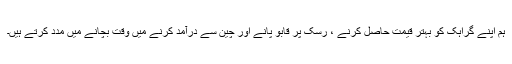
ہم اپنے گراہک کو بہتر قیمت حاصل کرنے ، رسک پر قابو پانے اور چین سے درآمد کرنے میں وقت بچانے میں مدد کرتے ہیں۔